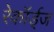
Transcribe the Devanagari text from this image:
रेकॉर्ड्‌ज